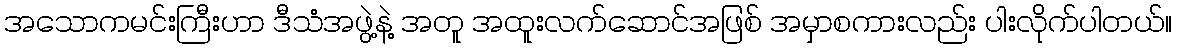
အသောကမင်းကြီးဟာ ဒီသံအဖွဲ့နဲ့ အတူ အထူးလက်ဆောင်အဖြစ် အမှာစကားလည်း ပါးလိုက်ပါတယ်။